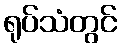
ရုပ်သံတွင်